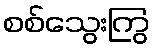
စစ်သွေးကြွ